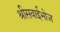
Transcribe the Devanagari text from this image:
श्रीसवाईभोज